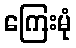
ကြေးမုံ